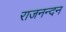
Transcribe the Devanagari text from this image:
राजनन्दन